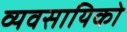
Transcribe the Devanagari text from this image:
व्यवसायिको